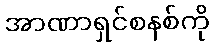
အာဏာရှင်စနစ်ကို